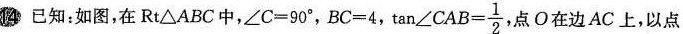
14 已知：如图，在 Rt △ABC 中，$$∠ C = 9 0 °$$，$$B C = 4$$， $$\tan ∠ C A B = \frac{ 1 }{ 2 }$$ ，点 O 在边 AC 上，以点